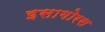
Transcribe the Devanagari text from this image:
इसागोरस